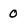
Character: 0